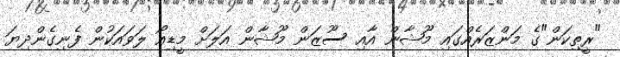
"ރީތިކަން"ގެ މަންޒަރެއްގައި މޫޝާން އާއި ސޫޒަން މޫޝާން އަލަށް މީޑިއޯ ލަވައަކުން ފެނިގެންދިޔަ